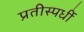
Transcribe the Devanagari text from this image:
प्रतीस्पर्धी